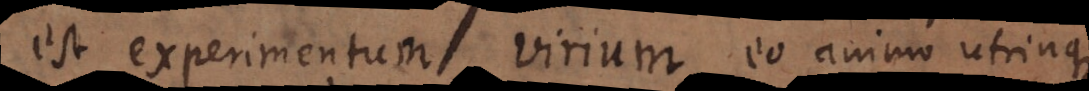
est experimentum virium eo animo utrinque